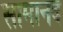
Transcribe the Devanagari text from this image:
सामानद